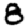
Digit: 8